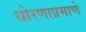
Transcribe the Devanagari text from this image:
धोरणाप्रमाणे